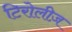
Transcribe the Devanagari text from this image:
टिरोलीज़